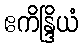
ဧကိန္ဒြိယံ